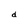
Character: d